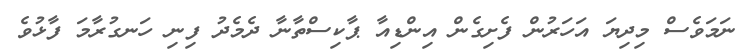
ނަމަވެސް މިދިޔަ އަހަރުން ފެށިގެން އިންޑިއާ ޕާކިސްތާނާ ދެމެދު ފިނި ހަނގުރާމަ ފާޅުވެ